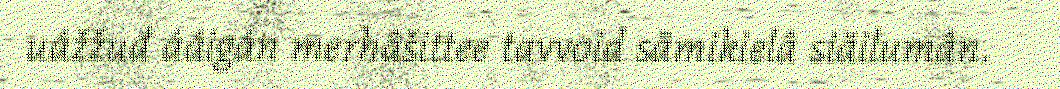
uážžuđ ááigán merhâšittee tavvoid sämikielâ siäilumân.